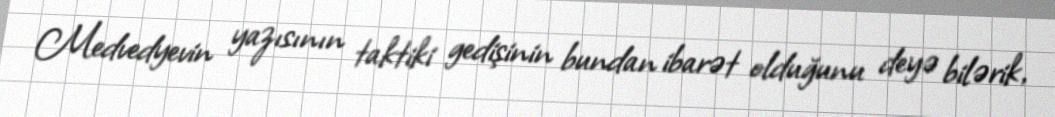
Medvedyevin yazısının taktiki gedişinin bundan ibarət olduğunu deyə bilərik,